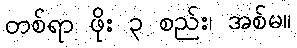
တစ်ရာ ဖိုး ၃ စည်း၊ အစ်မ။